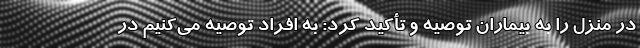
در منزل را به بیماران توصیه و تأکید کرد: به افراد توصیه می‌کنیم در